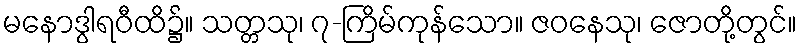
မနောဒွါရဝီထိ၌။ သတ္တသု၊ ၇-ကြိမ်ကုန်သော။ ဇဝနေသု၊ ဇောတို့တွင်။